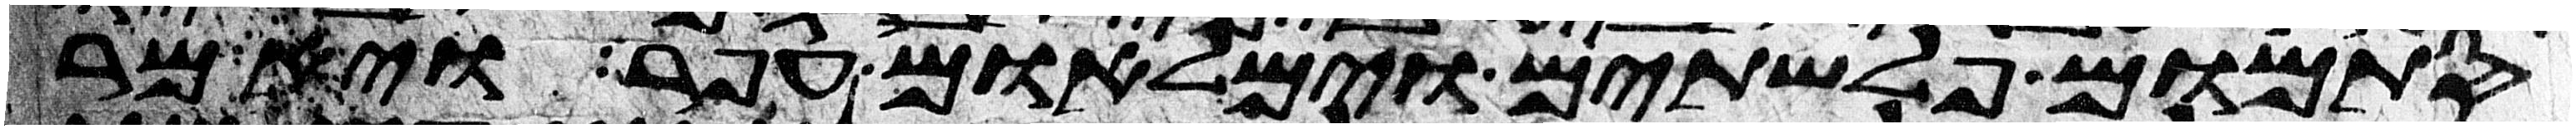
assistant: סתמום פלשתים וימלאום עפר ויאמר